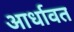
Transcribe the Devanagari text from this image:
आर्धावत